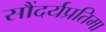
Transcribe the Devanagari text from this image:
सौंदर्यप्रतिमा